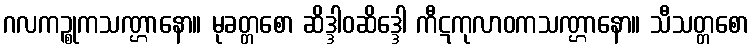
ဂလကဉ္စုကသဏ္ဌာနော။ မုခတ္တစော ဆိဒ္ဒါဝဆိဒ္ဒေါ ကီဋကုလာဝကသဏ္ဌာနော။ သီသတ္တစော